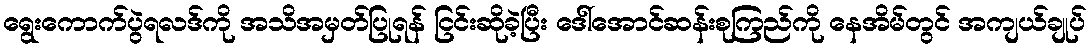
ရွေးကောက်ပွဲရလဒ်ကို အသိအမှတ်ပြုရန် ငြင်းဆိုခဲ့ပြီး ဒေါ်အောင်ဆန်းစုကြည်ကို နေအိမ်တွင် အကျယ်ချုပ်